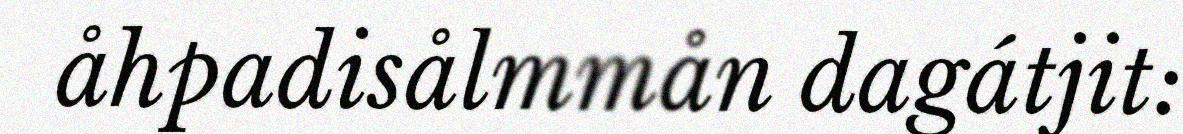
åhpadisålmmån dagátjit: